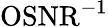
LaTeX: \mathrm{OSNR}^{-1}